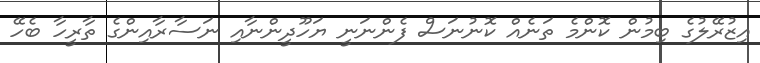
އިޒުރޭލުގެ ބިމުން ކޮންމެ ތަނެއް ކޮނުނަސް ފެންނަނީ ޔަހޫދީންނާއި ނަސާރާއިންގެ ތާރީހާ ބެހޭ